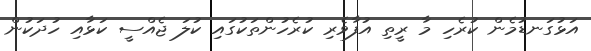
އަޅުގަނޑުމެން ކުރެހި މާ ރީތި އުފާވެރި ކުރެހުންތަކުގައި ކުލަ ޖެއްސީ ކަޅާއި ހުދަކުން